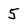
Character: 5